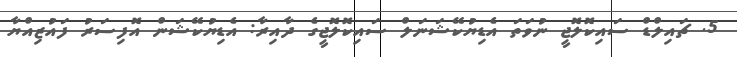
5. ޗައިލްޑް ސައިކޮލޮޖީ ނުވަތަ އެޑިޔުކޭޝަނަލް ސައިކޮލޮޖީގެ ދާއިރާ: އެޑިޔުކޭޝަން އޮފިސަރު ފައުޒިއްޔާ